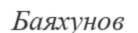
Баяхунов